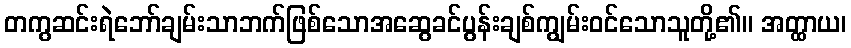
တကွဆင်းရဲဘော်ချမ်းသာဘက်ဖြစ်သောအဆွေခင်ပွန်းချစ်ကျွမ်းဝင်သောသူတို့၏။ အတ္ထာယ၊